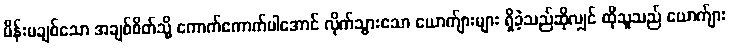
မိန်းမချစ်သော အချစ်စိတ်သို့ ကောက်ကောက်ပါအောင် လိုက်သွားသော ယောက်ျားများ ရှိခဲ့သည်ဆိုလျှင် ထိုသူသည် ယောက်ျား